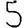
Digit: 5